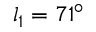
l _ { 1 } = 7 1 ^ { \circ }